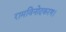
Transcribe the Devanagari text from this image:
रामविनोदकरण।